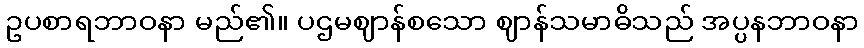
ဥပစာရဘာဝနာ မည်၏။ ပဌမဈာန်စသော ဈာန်သမာဓိသည် အပ္ပနဘာဝနာ